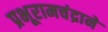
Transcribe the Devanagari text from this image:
प्रभूरामचंद्राने